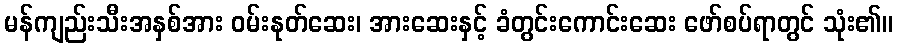
မန်ကျည်းသီးအနှစ်အား ဝမ်းနုတ်ဆေး၊ အားဆေးနှင့် ခံတွင်းကောင်းဆေး ဖော်စပ်ရာတွင် သုံး၏။